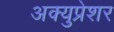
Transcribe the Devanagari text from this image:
अक्युप्रेशर